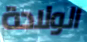
الولادة